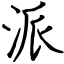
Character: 派